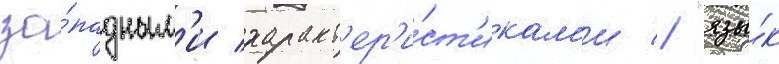
за́падным'и характ'ер'и́ст'икам'и // "язы́к